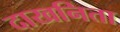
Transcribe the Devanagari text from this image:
दाखनिता